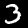
Label: 3